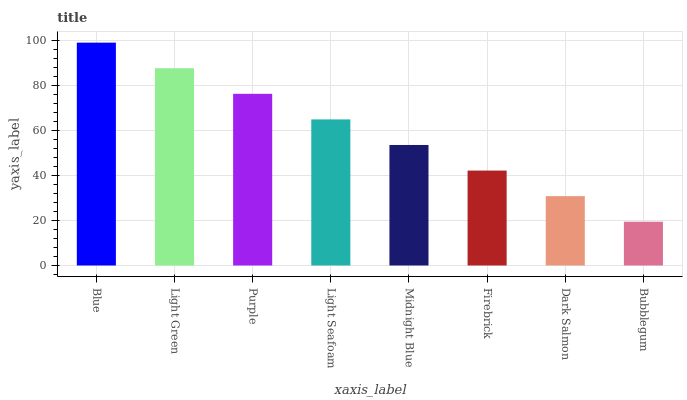
| xaxis_label | bars |
 | --- | --- |
 | Blue | 99 |
 | Light Green | 87.6 |
 | Purple | 76.3 |
 | Light Seafoam | 64.9 |
 | Midnight Blue | 53.5 |
 | Firebrick | 42.2 |
 | Dark Salmon | 30.8 |
 | Bubblegum | 19.4 |